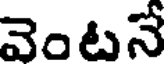
వెంటనే